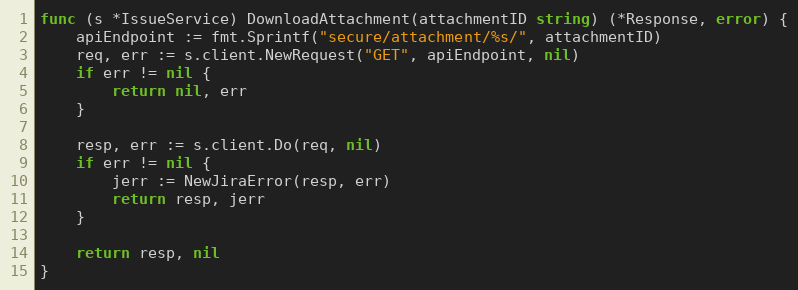
Language: Go
func (s *IssueService) DownloadAttachment(attachmentID string) (*Response, error) {
	apiEndpoint := fmt.Sprintf("secure/attachment/%s/", attachmentID)
	req, err := s.client.NewRequest("GET", apiEndpoint, nil)
	if err != nil {
		return nil, err
	}

	resp, err := s.client.Do(req, nil)
	if err != nil {
		jerr := NewJiraError(resp, err)
		return resp, jerr
	}

	return resp, nil
}